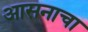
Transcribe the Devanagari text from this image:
आसनाचा